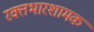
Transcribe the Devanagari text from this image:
रक्तभारशामक